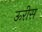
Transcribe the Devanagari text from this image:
ऊरीस